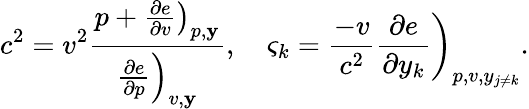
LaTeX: c^{2}=v^{2}\frac{p+\left.\frac{\partial e}{\partial v}\right)_{p,\mathbf{y}}}{\left.\frac{\partial e}{\partial p}\right)_{v,\mathbf{y}}},\quad\varsigma_{k}=\frac{-v}{c^{2}}\left.\frac{\partial e}{\partial y_{k}}\right)_{p,v,y_{j\neq k}}.